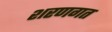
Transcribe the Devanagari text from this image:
शरणगत